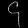
Digit: ၄